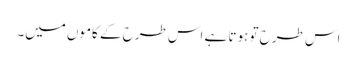
اس طرح تو ہوتا ہے اس طرح کے کاموں میں۔